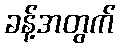
ခန့်အတွက်